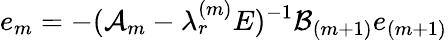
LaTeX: e_{m}=-({\cal A}_{m}-\lambda_{r}^{(m)}E)^{-1}{\cal B}_{(m+1)}e_{(m+1)}